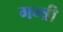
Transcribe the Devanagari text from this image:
गन्त्री